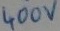
Text: 400V